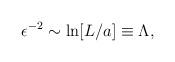
LaTeX: \begin{align*}\epsilon^{-2} \sim \ln [L/a] \equiv \Lambda,\end{align*}